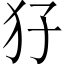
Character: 𤜭